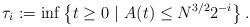
LaTeX: \begin{align*}\tau_i:=\inf\left\{t\ge 0 \ | \ A(t)\le N^{3/2}2^{-i} \right\}.\end{align*}